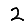
Digit: 2